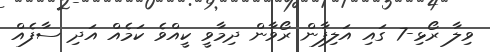
ވިލާ ރޯޅި-7 ގައި އަލިފާން ރޯވާން ދިމާވީ ކީއްވެ ކަމެއް އަދި ސާފެއް